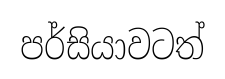
පර්සියාවටත්